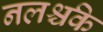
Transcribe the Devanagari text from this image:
नलर्श्चके